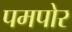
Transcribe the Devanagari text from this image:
पमपोर